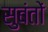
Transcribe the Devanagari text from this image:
सुबंतों